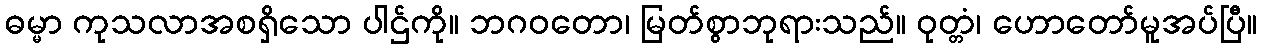
ဓမ္မာ ကုသလာအစရှိသော ပါဌ်ကို။ ဘဂဝတော၊ မြတ်စွာဘုရားသည်။ ဝုတ္တံ၊ ဟောတော်မူအပ်ပြီ။